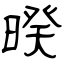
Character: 暌